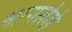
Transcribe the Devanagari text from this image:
भागलेले